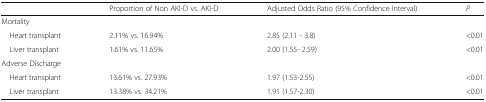
|  | Proportion of Non AKI-D vs. AKI-D | Adjusted Odds Ratio (95% Confidence Interval) | P |
 | --- | --- | --- | --- |
 | <COLSPAN=4> Mortality |
 | Heart transplant | 2.11% vs. 16.94% | 2.85 (2.11 - 3.8) | <0.01 |
 | Liver transplant | 1.61% vs. 11.65% | 2.00 (1.55- 2.59) | <0.01 |
 | <COLSPAN=4> Adverse Discharge |
 | Heart transplant | 13.61% vs. 27.93% | 1.97 (1.53-2.55) | <0.01 |
 | Liver transplant | 13.38% vs. 34.21% | 1.91 (1.57-2.30) | <0.01 |